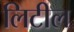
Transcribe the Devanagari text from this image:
लिटील